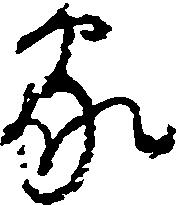
家